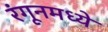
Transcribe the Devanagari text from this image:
रंगूनमध्ये